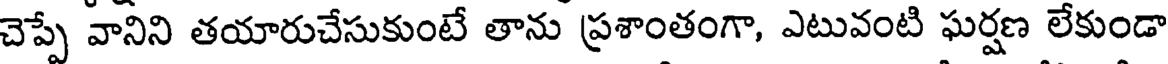
చెప్పే వానిని తయారుచేసుకుంటే తాను ప్రశాంతంగా, ఎటువంటి ఘర్షణ లేకుండా